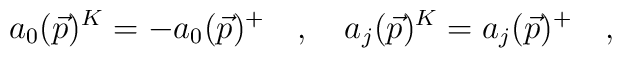
a_0(\vec{p})^K = -a_0(\vec{p})^+ \quad ,\quad a_j(\vec{p})^K=a_j(\vec{p})^+ \quad ,